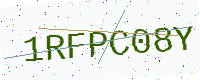
Text: 1RFPC08Y